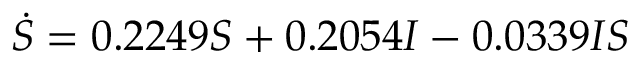
\dot { S } = 0 . 2 2 4 9 S + 0 . 2 0 5 4 I - 0 . 0 3 3 9 I S